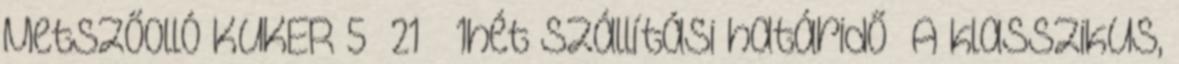
Metszőolló KUKER 5 21 1hét szállítási határidő A klasszikus,